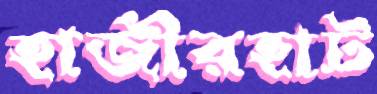
হাজীরহাট